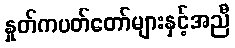
နှုတ်ကပတ်တော်များနှင့်အညီ